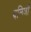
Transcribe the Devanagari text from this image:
दलित्रों